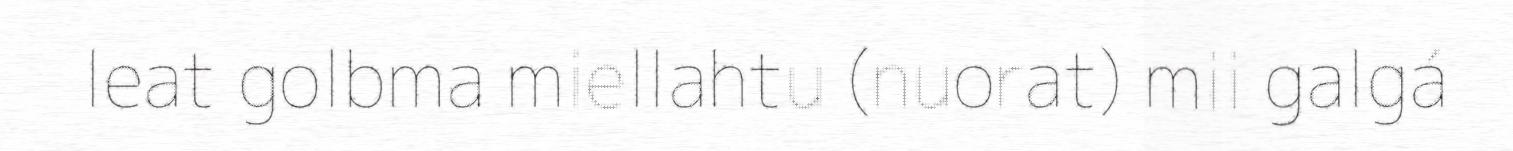
leat golbma miellahtu (nuorat) mii galgá